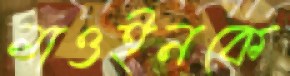
লাওইনকে